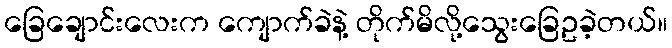
ခြေချောင်းလေးက ကျောက်ခဲနဲ့ တိုက်မိလို့သွေးခြေဥခဲ့တယ်။